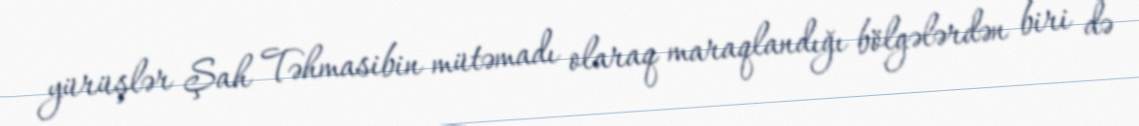
yürüşlər Şah Təhmasibin mütəmadı olaraq maraqlandığı bölgələrdən biri də